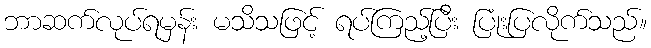
ဘာဆက်လုပ်ရမှန်း မသိသဖြင့် ရပ်ကြည့်ပြီး ပြုံးပြလိုက်သည်။